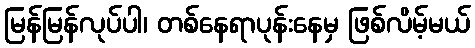
မြန်မြန်လုပ်ပါ၊ တစ်နေရာပုန်းနေမှ ဖြစ်လိမ့်မယ်